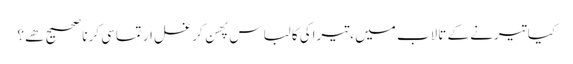
﻿ کیا تیرنے کے تالاب میں ،تیراکی کا لباس پهن کر غسل ارتماسی کرنا صحیح هے؟